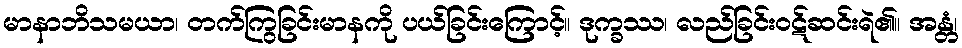
မာနာဘိသမယာ၊ တက်ကြွခြင်းမာနကို ပယ်ခြင်းကြောင့်။ ဒုက္ခဿ၊ လည်ခြင်းဝဋ်ဆင်းရဲ၏။ အန္တံ၊